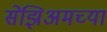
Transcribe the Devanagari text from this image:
सेझिअमच्या